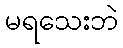
မရသေးဘဲ